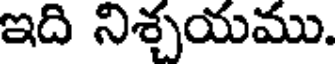
ఇది నిశ్చయము.